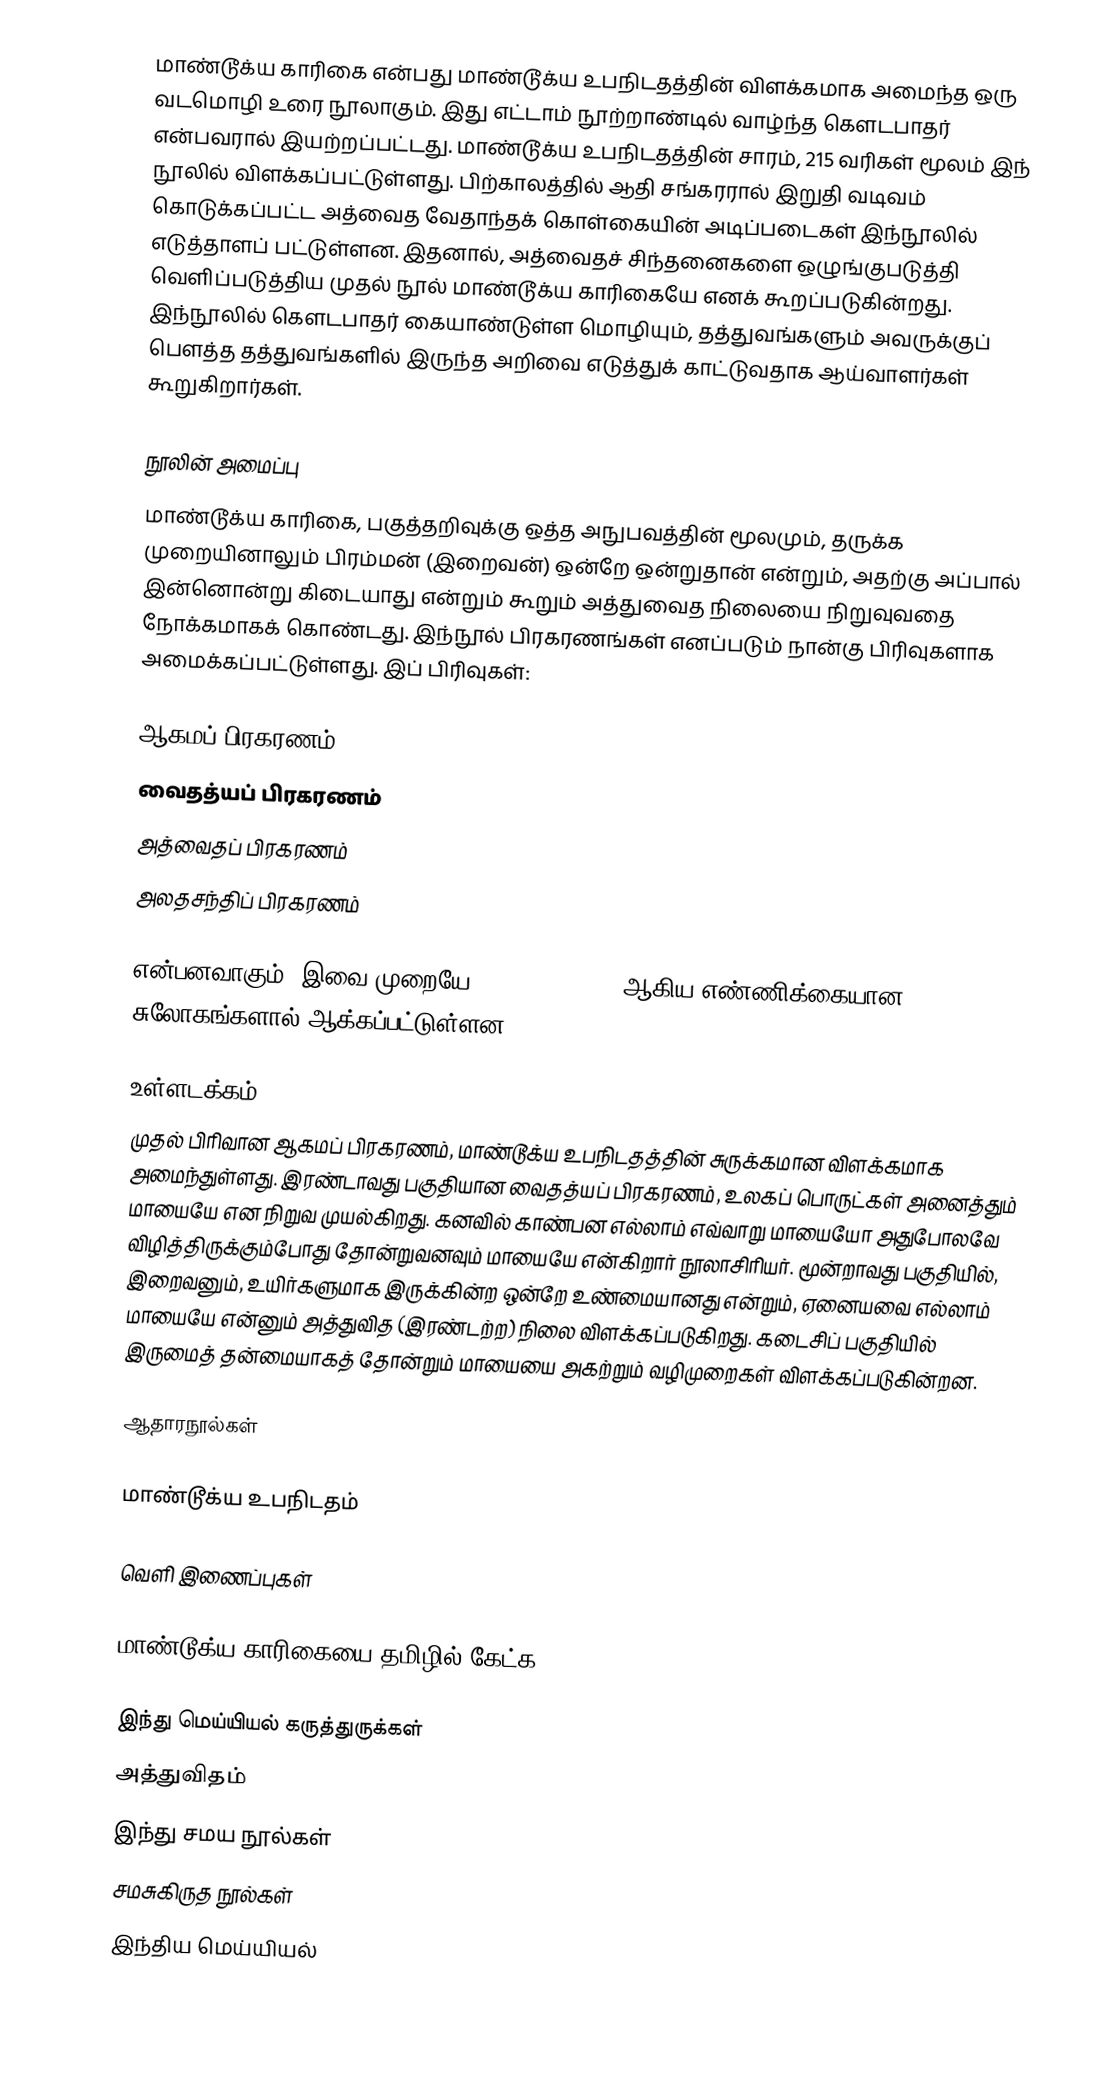
மாண்டூக்ய காரிகை என்பது மாண்டூக்ய உபநிடதத்தின் விளக்கமாக அமைந்த ஒரு வடமொழி உரை நூலாகும். இது எட்டாம் நூற்றாண்டில் வாழ்ந்த கௌடபாதர் என்பவரால் இயற்றப்பட்டது. மாண்டூக்ய உபநிடதத்தின் சாரம், 215 வரிகள் மூலம் இந் நூலில் விளக்கப்பட்டுள்ளது. பிற்காலத்தில் ஆதி சங்கரரால் இறுதி வடிவம் கொடுக்கப்பட்ட அத்வைத வேதாந்தக் கொள்கையின் அடிப்படைகள் இந்நூலில் எடுத்தாளப் பட்டுள்ளன. இதனால், அத்வைதச் சிந்தனைகளை ஒழுங்குபடுத்தி வெளிப்படுத்திய முதல் நூல் மாண்டூக்ய காரிகையே எனக் கூறப்படுகின்றது. இந்நூலில் கௌடபாதர் கையாண்டுள்ள மொழியும், தத்துவங்களும் அவருக்குப் பௌத்த தத்துவங்களில் இருந்த அறிவை எடுத்துக் காட்டுவதாக ஆய்வாளர்கள் கூறுகிறார்கள்.

நூலின் அமைப்பு
மாண்டூக்ய காரிகை, பகுத்தறிவுக்கு ஒத்த அநுபவத்தின் மூலமும், தருக்க முறையினாலும் பிரம்மன் (இறைவன்) ஒன்றே ஒன்றுதான் என்றும், அதற்கு அப்பால் இன்னொன்று கிடையாது என்றும் கூறும் அத்துவைத நிலையை நிறுவுவதை நோக்கமாகக் கொண்டது. இந்நூல் பிரகரணங்கள் எனப்படும் நான்கு பிரிவுகளாக அமைக்கப்பட்டுள்ளது. இப் பிரிவுகள்:

 ஆகமப் பிரகரணம்
 வைதத்யப் பிரகரணம்
 அத்வைதப் பிரகரணம்
 அலதசந்திப் பிரகரணம்

என்பனவாகும். இவை முறையே 29, 38, 48, 100 ஆகிய எண்ணிக்கையான சுலோகங்களால் ஆக்கப்பட்டுள்ளன.

உள்ளடக்கம்
முதல் பிரிவான ஆகமப் பிரகரணம், மாண்டூக்ய உபநிடதத்தின் சுருக்கமான விளக்கமாக அமைந்துள்ளது. இரண்டாவது பகுதியான வைதத்யப் பிரகரணம், உலகப் பொருட்கள் அனைத்தும் மாயையே என நிறுவ முயல்கிறது. கனவில் காண்பன எல்லாம் எவ்வாறு மாயையோ அதுபோலவே விழித்திருக்கும்போது தோன்றுவனவும் மாயையே என்கிறார் நூலாசிரியர். மூன்றாவது பகுதியில், இறைவனும், உயிர்களுமாக இருக்கின்ற ஒன்றே உண்மையானது என்றும், ஏனையவை எல்லாம் மாயையே என்னும் அத்துவித (இரண்டற்ற) நிலை விளக்கப்படுகிறது. கடைசிப் பகுதியில் இருமைத் தன்மையாகத் தோன்றும் மாயையை அகற்றும் வழிமுறைகள் விளக்கப்படுகின்றன.

ஆதாரநூல்கள்

 மாண்டூக்ய உபநிடதம்

வெளி இணைப்புகள்

  மாண்டூக்ய காரிகையை தமிழில் கேட்க:

இந்து மெய்யியல் கருத்துருக்கள்
அத்துவிதம்
இந்து சமய நூல்கள்
சமசுகிருத நூல்கள்
இந்திய மெய்யியல்